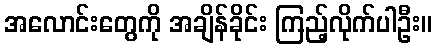
အလောင်းတွေကို အချိန်ခိုင်း ကြည့်လိုက်ပါဦး။